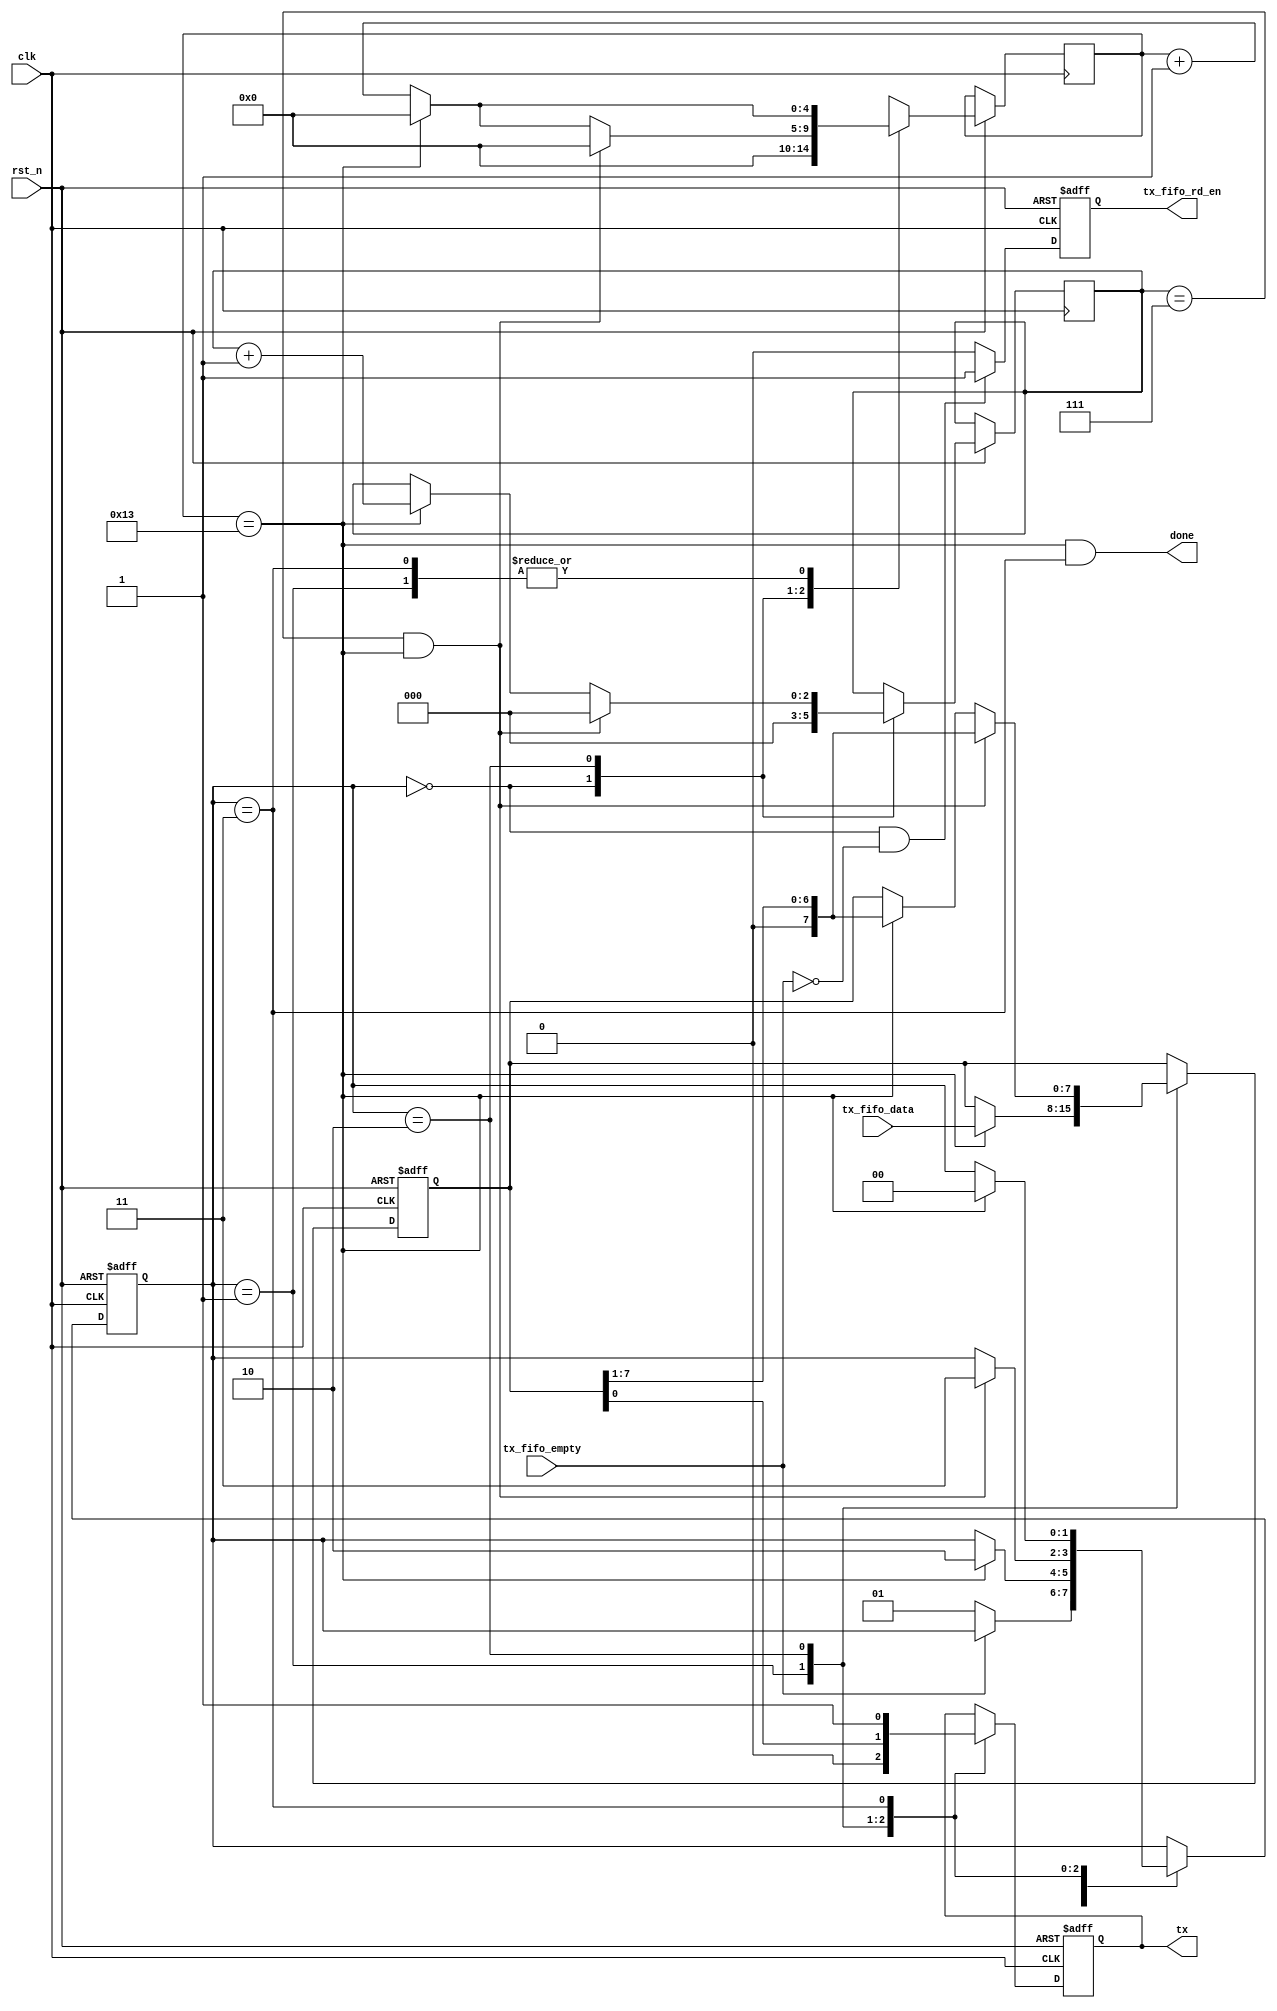
///////////////////////////////////////////////////////////////////////////////////////////
// Tyler Anderson Wed, Apr 01, 2015  4:43:49 PM
//
// rs232_ser.v
// "RS-232 Serializer"
// A custom Verilog HDL module
//
// Handshake in byte from upstream and RS-232 serialize it
//   No flow control
//   No parity
//   1 stop bit
//
// Clock rate needs to be >=2x baud rate for this to really work
// 
// Tue 08/06/2019_ 9:00:37.99
// Change to a parametered number of cycles. This is my new approach to most things. 
///////////////////////////////////////////////////////////////////////////////////////////

module rs232_ser
  (
   input       clk, // clock frequency
   input       rst_n, // active low reset
   output reg  tx = 1'b1, // serial RS-232 data
   input [7:0] tx_fifo_data, // serial tx data
   output reg  tx_fifo_rd_en = 1'b0, // transmission request from upstream
   input       tx_fifo_empty, // acknowledge of acceptance to upstream
   output      done
   );

   // ceiling(log2()), used to figure out counter size.   
   function integer clogb2;
      input integer value;
      for(clogb2=0;value>0;clogb2=clogb2+1)
	value = value >> 1;
   endfunction // for
   
   // Finite state machine
   reg [1:0]     fsm=2'd0;
   localparam
     S_IDLE  = 2'd0, // wait for TX req from upstream and handshake data in when you get it
     S_START = 2'd1, // transmit the start bit
     S_SHIFT = 2'd2, // shift out data byte (little endian)
     S_STOP  = 2'd3; // transmit the stop bit

   // Launch counter tells you where bit edges should be
   parameter P_LAUNCH_CNT_MAX = 20;
   localparam NBITS_LAUNCH_CNT = clogb2(P_LAUNCH_CNT_MAX-1);
   reg [NBITS_LAUNCH_CNT-1:0] launch_cnt = {NBITS_LAUNCH_CNT{1'b0}};

   // Count the 8 bits to be shifted out
   reg [2:0] 	       shift_cnt = 3'd0;

   // Data shift register
   reg [7:0] 	       shift_reg = 8'd0;

   // FIFO read signal
   always @(posedge clk or negedge rst_n)
     if( !rst_n ) tx_fifo_rd_en <= 1'b0;
     else if( (fsm == S_IDLE) && !tx_fifo_empty) tx_fifo_rd_en <= 1'b1;
     else tx_fifo_rd_en <= 1'b0;

   // Utility signal for done
   assign done = (launch_cnt == P_LAUNCH_CNT_MAX-1) && (fsm == S_STOP); 

      
   // Finite State Machine
   always @(posedge clk or negedge rst_n)
     if( !rst_n )
       begin
	  fsm <= 2'd0;
	  tx  <= 1'b1;
	  shift_reg <= 8'd0;
       end
   
     else
       begin
	  case( fsm )
	    
	    S_IDLE:
	      begin
		 shift_cnt <= 3'd0;
		 launch_cnt <= {NBITS_LAUNCH_CNT-1{1'b0}};
		 if( !tx_fifo_empty ) 
		   fsm <= S_START;
	      end
	    	
	    S_START:
	      begin
		 tx <= 1'b0; // assert the start bit
		 if( launch_cnt == P_LAUNCH_CNT_MAX-1 )
		   begin
		      shift_reg <= tx_fifo_data;
		      launch_cnt <= {NBITS_LAUNCH_CNT-1{1'b0}};
		      fsm <= S_SHIFT;
	           end
		 else
		   begin
		      launch_cnt <= launch_cnt + 1'b1;
		   end
	      end
		   		   
	    S_SHIFT:
	      begin
		 tx <= shift_reg[0];
		 if( (shift_cnt == 3'd7) && (launch_cnt == P_LAUNCH_CNT_MAX-1) )
		   begin
		      shift_reg <= {1'b0,shift_reg[7:1]};
		      shift_cnt <= 3'd0;
		      launch_cnt <= {NBITS_LAUNCH_CNT-1{1'b0}};
		      fsm <= S_STOP;
		   end
		 else if( launch_cnt == P_LAUNCH_CNT_MAX-1 )
		   begin
		      shift_reg <= {1'b0,shift_reg[7:1]};
		      shift_cnt <= shift_cnt + 1'b1;
		      launch_cnt <= {NBITS_LAUNCH_CNT-1{1'b0}};
		   end
		 else
		   begin
		      launch_cnt <= launch_cnt + 1'b1;
		   end 
	      end

	    S_STOP:
	      begin
		 tx <= 1'b1; // assert the stop bit (active low)
		 if( launch_cnt == P_LAUNCH_CNT_MAX-1 )
		   begin
		      launch_cnt <= {NBITS_LAUNCH_CNT-1{1'b0}};
		      fsm <= S_IDLE;
	           end
		 else
		   begin
		      launch_cnt <= launch_cnt + 1'b1;
		   end
	      end

	    default: fsm <= S_IDLE;

	  endcase // case ( fsm )
       end
   
endmodule